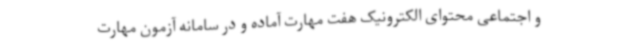
و اجتماعی محتوای الکترونیک هفت مهارت آماده و در سامانه آزمون مهارت